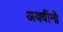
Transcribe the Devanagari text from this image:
अक्वीनो